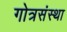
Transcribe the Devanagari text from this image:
गोत्रसंस्था